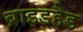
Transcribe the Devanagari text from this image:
ब्राइडहैड